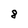
Character: 8